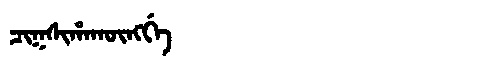
Manchu: ᠴᡳᡴᠰᡳᡥᠠᡴᡡᠩᡤᡝ
Romanization: CIKSIHAKŪNGGE